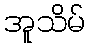
အူသိမ်